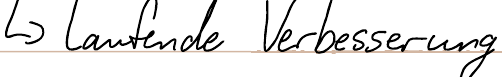
-> laufende Verbesserung